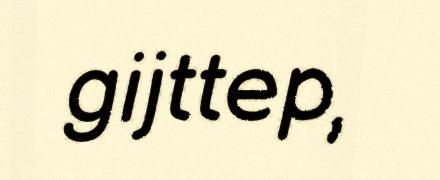
gijttep,